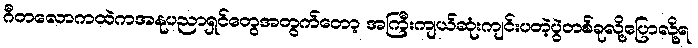
ဂီတလောကထဲကအနုပညာရှင်တွေအတွက်တော့ အကြီးကျယ်ဆုံးကျင်းပတဲ့ပွဲတစ်ခုလို့ပြောလို့ရ